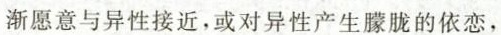
渐愿意与异性接近，或对异性产生朦胧的依恋，